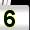
Digit: 5